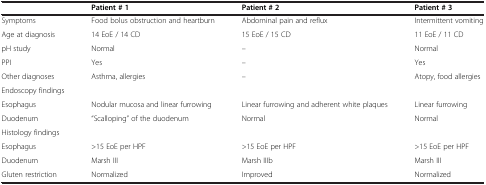
<table><thead><tr><td><b> </b></td><td><b>Patient # 1</b></td><td><b>Patient # 2</b></td><td><b>Patient # 3</b></td></tr></thead><tbody><tr><td>Symptoms</td><td>Food bolus obstruction and heartburn</td><td>Abdominal pain and reflux</td><td>Intermittent vomiting</td></tr><tr><td>Age at diagnosis</td><td>14 EoE / 14 CD</td><td>15 EoE / 15 CD</td><td>11 EoE / 11 CD</td></tr><tr><td>pH study</td><td>Normal</td><td>–</td><td>Normal</td></tr><tr><td>PPI</td><td>Yes</td><td>–</td><td>Yes</td></tr><tr><td>Other diagnoses</td><td>Asthma, allergies</td><td>–</td><td>Atopy, food allergies</td></tr><tr><td>Endoscopy findings</td><td> </td><td> </td><td> </td></tr><tr><td>Esophagus</td><td>Nodular mucosa and linear furrowing</td><td>Linear furrowing and adherent white plaques</td><td>Linear furrowing</td></tr><tr><td>Duodenum</td><td>“Scalloping” of the duodenum</td><td>Normal</td><td>Normal</td></tr><tr><td>Histology findings</td><td> </td><td> </td><td> </td></tr><tr><td>Esophagus</td><td>&gt;15 EoE per HPF</td><td>&gt;15 EoE per HPF</td><td>&gt;15 EoE per HPF</td></tr><tr><td>Duodenum</td><td>Marsh III</td><td>Marsh IIIb</td><td>Marsh III</td></tr><tr><td>Gluten restriction</td><td>Normalized</td><td>Improved</td><td>Normalized</td></tr></tbody></table>